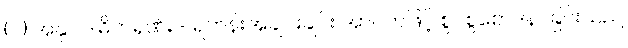
(၂) အနုဝါဒါဓိကရုဏ်း - ရဟန်းအချင်းချင်း အာပတ်ဖြင့် စွပ်စွဲစောဒနာခြင်းသည်